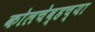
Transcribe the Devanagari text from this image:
कोलचेव्हच्या